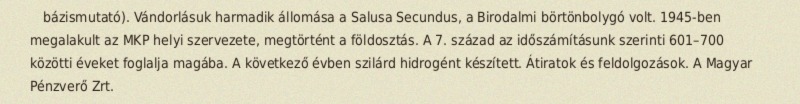
bázismutató). Vándorlásuk harmadik állomása a Salusa Secundus, a Birodalmi börtönbolygó volt. 1945-ben megalakult az MKP helyi szervezete, megtörtént a földosztás. A 7. század az időszámításunk szerinti 601–700 közötti éveket foglalja magába. A következő évben szilárd hidrogént készített. Átiratok és feldolgozások. A Magyar Pénzverő Zrt.